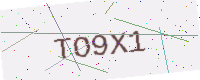
Text: TO9X1